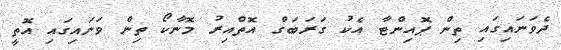
ދެވަނައިގައި ތިން ޕޮއިންޓާ އެކު ގަރަބަގް އޮތްއިރު މޮނާކޯ ތިން ވަނައިގައި އޮތީ